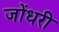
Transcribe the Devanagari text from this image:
जोंधरी